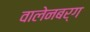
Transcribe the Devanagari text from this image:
वालेनबर्ग